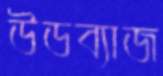
উডব্যাজ